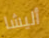
أليشا